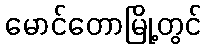
မောင်တောမြို့တွင်